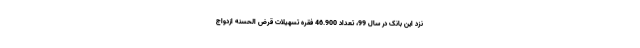
نزد این بانک در سال 99، تعداد 46.900 فقره تسهیلات قرض الحسنه ازدواج